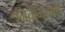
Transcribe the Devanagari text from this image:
नितीमत्तेशी